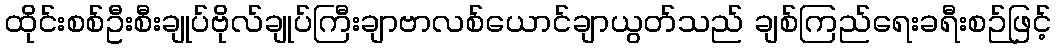
ထိုင်းစစ်ဦးစီးချုပ်ဗိုလ်ချုပ်ကြီးချာဗာလစ်ယောင်ချာယွတ်သည် ချစ်ကြည်ရေးခရီးစဉ်ဖြင့်